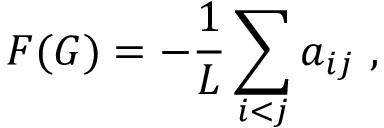
F ( G ) = - \frac { 1 } { L } \sum _ { i < j } a _ { i j } \ ,